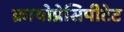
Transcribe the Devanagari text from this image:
क्रायोप्रेसिपीटेट